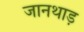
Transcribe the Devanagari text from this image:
जानथाड़